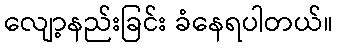
လျော့နည်းခြင်း ခံနေရပါတယ်။